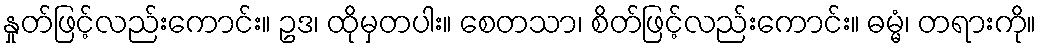
နှုတ်ဖြင့်လည်းကောင်း။ ဥဒ၊ ထိုမှတပါး။ စေတသာ၊ စိတ်ဖြင့်လည်းကောင်း။ ဓမ္မံ၊ တရားကို။